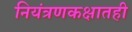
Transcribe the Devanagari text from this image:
नियंत्रणकक्षातही